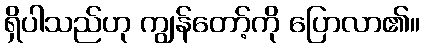
ရှိပါသည်ဟု ကျွန်တော့်ကို ပြောလာ၏။